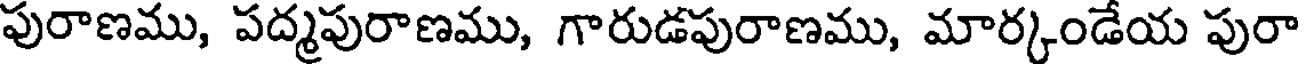
పురాణము, పద్మపురాణము, గారుడపురాణము, మార్కండేయ పురా